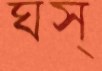
ঘস্